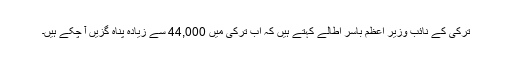
ترکی کے نائب وزیرِ اعظم باسر اطالے کہتے ہیں کہ اب ترکی میں 44,000 سے زیادہ پناہ گزیں آ چکے ہیں۔